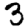
Digit: 3